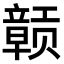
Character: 𫎬